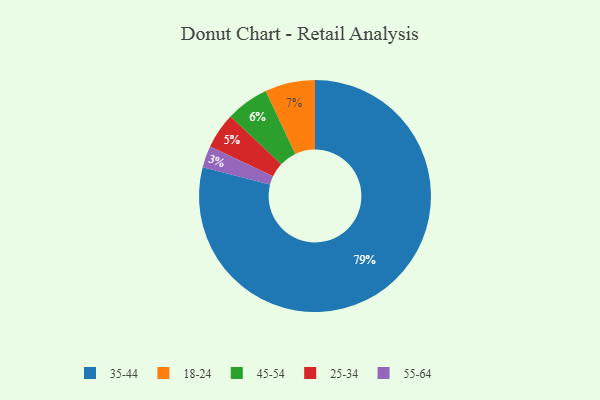
{"axis": {"x": "Category", "y": "Percentage"}, "legend": ["18-24", "25-34", "35-44", "45-54", "55-64"], "data": [{"x": "35-44", "y": 79, "type": "35-44"}, {"x": "18-24", "y": 7, "type": "18-24"}, {"x": "55-64", "y": 3, "type": "55-64"}, {"x": "45-54", "y": 6, "type": "45-54"}, {"x": "25-34", "y": 5, "type": "25-34"}]}